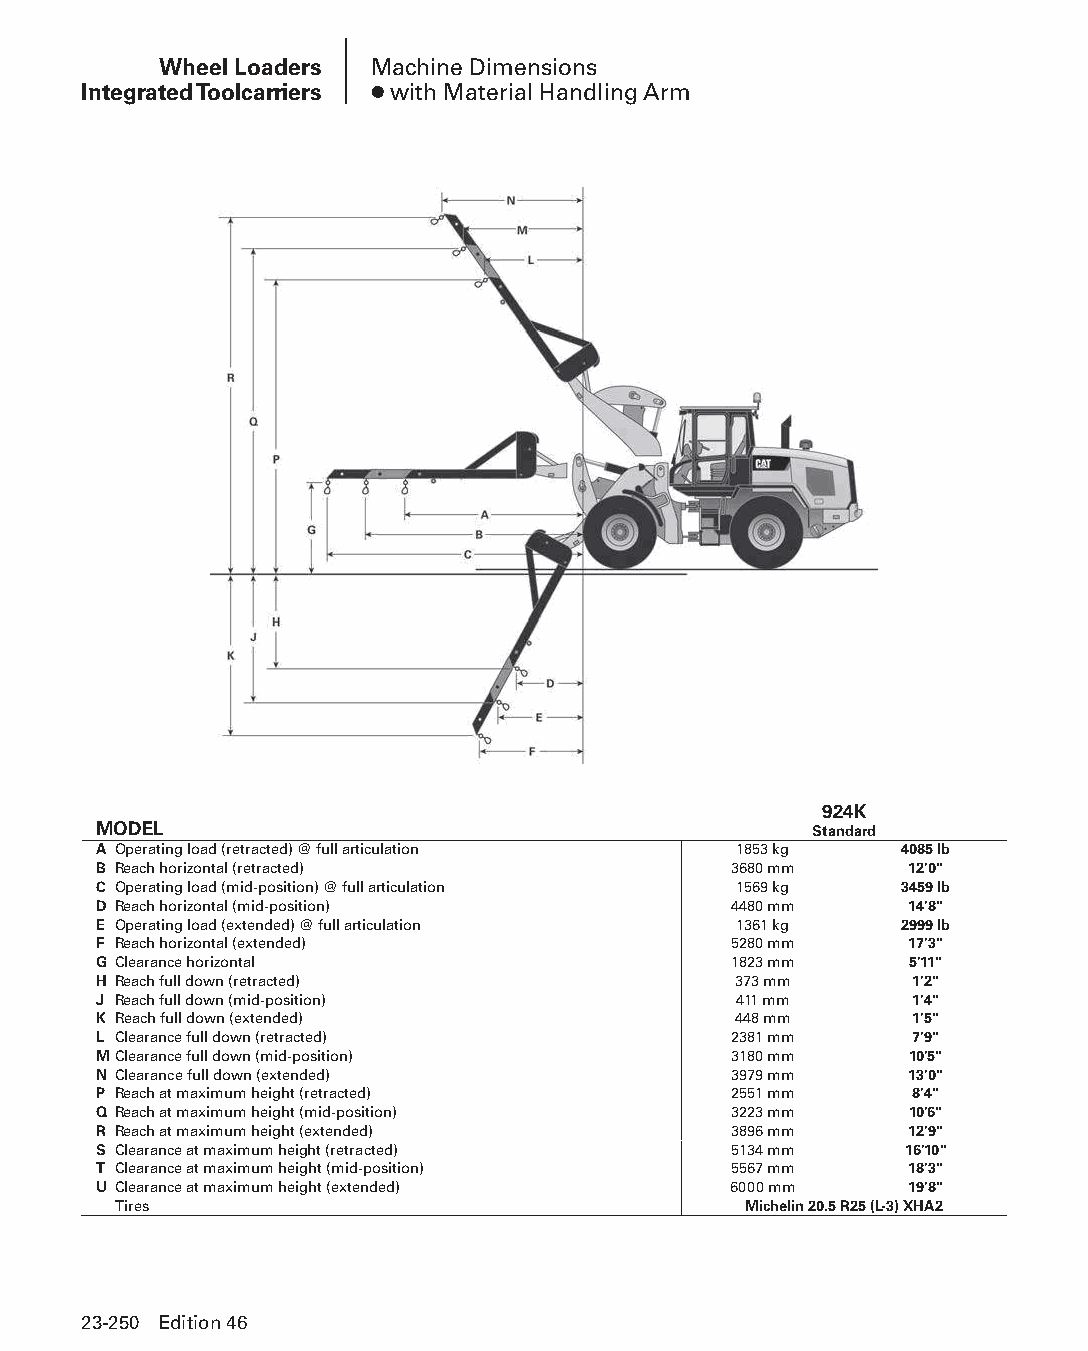
Wheel Loaders Machine Dimensions
 Integrated Toolcarriers ● with Material Handling Arm
 924K
 MODEL                                          Standard
 A Operating load (retracted) @ full articulation 1853 kg 4085 lb
 B Reach horizontal (retracted)            3680 mm    12'0"
 C Operating load (mid-position) @ full articulation 1569 kg 3459 lb
 D Reach horizontal (mid-position)         4480 mm    14'8"
 E Operating load (extended) @ full articulation 1361 kg 2999 lb
 F Reach horizontal (extended)             5280 mm    17'3"
 G Clearance horizontal                    1823 mm     5'11"
 H Reach full down (retracted)             373 mm      1'2"
 J Reach full down (mid-position)          411 mm      1'4"
 K Reach full down (extended)              448 mm      1'5"
 L Clearance full down (retracted)         2381 mm     7'9"
 MClearance full down (mid-position)       3180 mm     10'5"
 N Clearance full down (extended)          3979 mm    13'0"
 P Reach at maximum height (retracted)     2551 mm     8'4"
 Q Reach at maximum height (mid-position)  3223 mm     10'6"
 R Reach at maximum height (extended)      3896 mm    12'9"
 S Clearance at maximum height (retracted) 5134 mm    16'10"
 T Clearance at maximum height (mid-position) 5567 mm 18'3"
 U Clearance at maximum height (extended)  6000 mm    19'8"
 Tires                                     Michelin 20.5 R25 (L-3) XHA2
 23-250 Edition 46
 PPHHBB--SSeecc2233((ppgg220077--332244))..iinndddd 225500      1122//44//1155 22::1122 PPMM